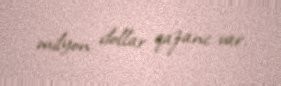
milyon dollar qazanc var.